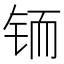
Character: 𲇼